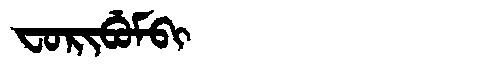
Manchu: ᠸᠣᡵᡳᠪᡠᠮᠪᡳ
Romanization: FORIBUMBI